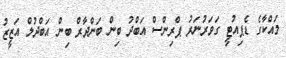
މައްކާގެ ޑެޕިއުޓީ ގަވަރުނަރު ޕްރިންސް އަބްދު ބިން ބަންދާރް ބިން އަބްދުލް އަޒީޒު